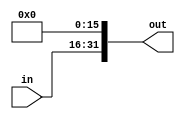
`timescale 1ns / 1ps
/*
**  UCSD CSE141L Lab2 Answer Module
** -------------------------------------------------------------------
**
*/
module extend_zero(
			input [15:0] in,
			output [31:0] out
			);

			assign out = {in, 16'b0};
endmodule